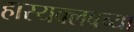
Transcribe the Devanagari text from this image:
हास्यक्लबच्या